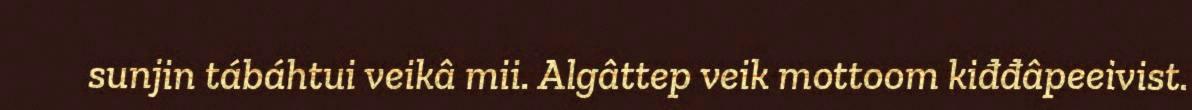
sunjin tábáhtui veikâ mii. Algâttep veik mottoom kiđđâpeeivist.